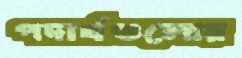
পদার্থগুলোর